Vital statistics of India. Vol. V, Reports of 1876 on armies & jails and on epidemic cholera
Year: 1876
Disease focus: Cholera
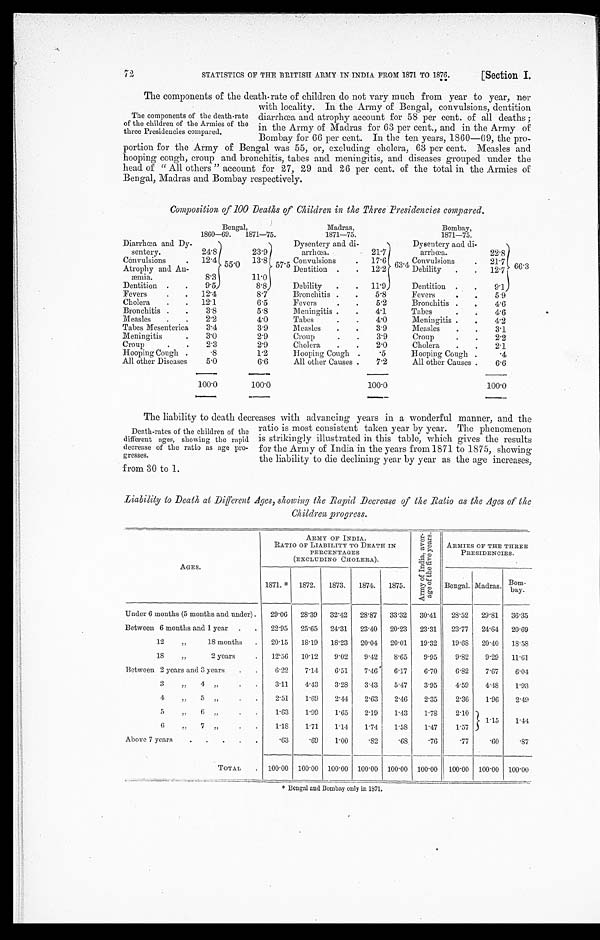
STATISTICS OF THE BRITISH ARMY IN INDIA FROM 1871 TO 1876.
[Section I.
72T
The components of the death-rate of children do not vary much from year to year, nor
with locality. In the Army of Bengal, convulsions, dentition
diarrhœa and atrophy account for 58 per cent. of all deaths;
in the Army of Madras for 63 per cent., and in the Army of
Bombay for 66 per cent. In the ten years, 1860—69, the pro
-portion for the Army of Bengal was 55, or, excluding cholera, 63 per cent. Measles and
hooping cough, croup and bronchitis, tabes and meningitis, and diseases grouped under the
head of "All others" account for 27, 29 and 26 per cent. of the total in the Armies of
Bengal, Madras and Bombay respectively.
Composition of 100 Deaths of Children in the Three Presidencies compared.
Bengal,
Madras,
Bombay,
1860—69.
1871—75.
1871—75.
1871—75.
Diarrhœa and Dy-
sentery.
24.8
5 5 . 0
23.9
5 7 . 5
Dysentery and di-
arrhœa.
21.7
6 3 . 4
Dysentery and di-
arrhœa
2 2 . 8
6 6 . 3
Convulsions
12.4
13.8
Convulsions
17.6
Convulsions
2 1 . 7
Atrophy and An-
æmia.
8.3
11.0
Dentition
12.2
Debility
12.7
Dentition
9.5
8 . 8
Debility
11.9
Dentition
9.1
Fevers
12.4
8.7
Bronchitis
5.8
Fevers
5.9
Cholera
12.1
6.5
Fevers
5.2
Bronchitis
4.6
Bronchitis
3.8
5.8
Meningitis
4.1
Tabes
4.6
Measles
2.2
4.0
Tabes
4.0
Meningitis
4.2
Tabes Mesenterica 3.4
3.9
Measles
3.9
Measles
3.1
Meningitis
3.0
2.9
Croup
3.9
Croup
2.2
Croup
2.3
2.9
Cholera
2.0
Cholera
2.1
Hooping Cough
. 8
1.2
Hooping Cough
.5
Hooping Cough
.4
All other Diseases 5.0
6.6
All other Causes
7.2
All other Causes
6.6
100.0
100.0
100.0
100.0
The liability to death decreases with advancing years in a wonderful manner, and the
ratio is most consistent taken year by year. The phenomenon
is strikingly illustrated in this table, which gives the results
for the Army of India in the years from 1871 to 1875, showing
the liability to die declining year by year as the age increases,
from 30 to 1.
Liability to Death at Different Ages, showing the Rapid Decrease of the Ratio as the Ages of the
Children progress.
AGES.
ARMY OF INDIA.
RATIO OF LIABILITY TO DEATH IN
PERCENTAGE
S ( E X C L U D I N G C H O L E R A ) .
A r m y o f I n d i a , a v e r - a g e o f t h e f i v e y e a r s .
ARMIES OF THE THREE
PRESIDENCIES.
1871.* 1872. 1873. 1874. 1875.
Bengal. Madras. B o m - b a y .
Under 6 months (5 months and under) 29.06 28.39 32.42 28.87 33.32 30.41 28.52 29.81 36.35
Between 6 months and 1 year
22.95 25.65 24.31 23.40 20.23 23.31 23.77 24.64 20.69
12 " 18 months
20.15 18.19 18.23 20.04 20.01 19.32 19.68 20.40 1 8 . 5 8
18 " 2 years
12.56 10.12 9.02 9.42 8.65 9.95 9.82 9.29 1 1 . 6 1
Between 2 years and 3 years
6.22 7.14 6.51 7.46 6.17 6.70 6.82 7.67 6.04
3 " 4 " 3.11 4.43 3.28 3.43 5.47 3.95 4.59 4.48 1.93
4 " 5 " 2.51 1.69 2.44 2.63 2.46 2.35 2.36 1.96 2.49
5 " 6 " 1.63 1.99 1.65 2.19 1.43 1.78 2.10 1. 15
1.44
6 " 7 " 1.18 1.71 1.14 1.74 1.58 1.47 1.57
Above 7 years
.63 .69 1.00 .82 .68 .76 .77 .60 .87
TOTAL
100.00 100.00 100.00 100.00 100.00 100.00 100.00 100.00 1 0 0 . 0 0
The components of the death-rate
of the children of the Armies of the
three Presidencies compared.
Death-rates of the children of the
different ages, showing the rapid
decrease of the ratio as age pro
- g r e s s e s .
* Bengal and Bombay only in 1871.